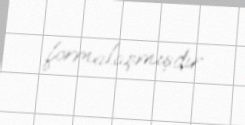
formalaşmışdır.